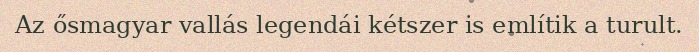
Az ősmagyar vallás legendái kétszer is említik a turult.